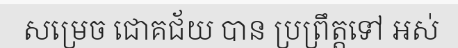
សម្រេច ជោគជ័យ បាន ប្រព្រឹត្តទៅ អស់